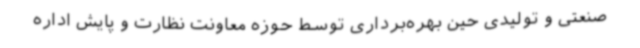
صنعتی و تولیدی حین بهره‌برداری توسط حوزه معاونت نظارت و پایش اداره